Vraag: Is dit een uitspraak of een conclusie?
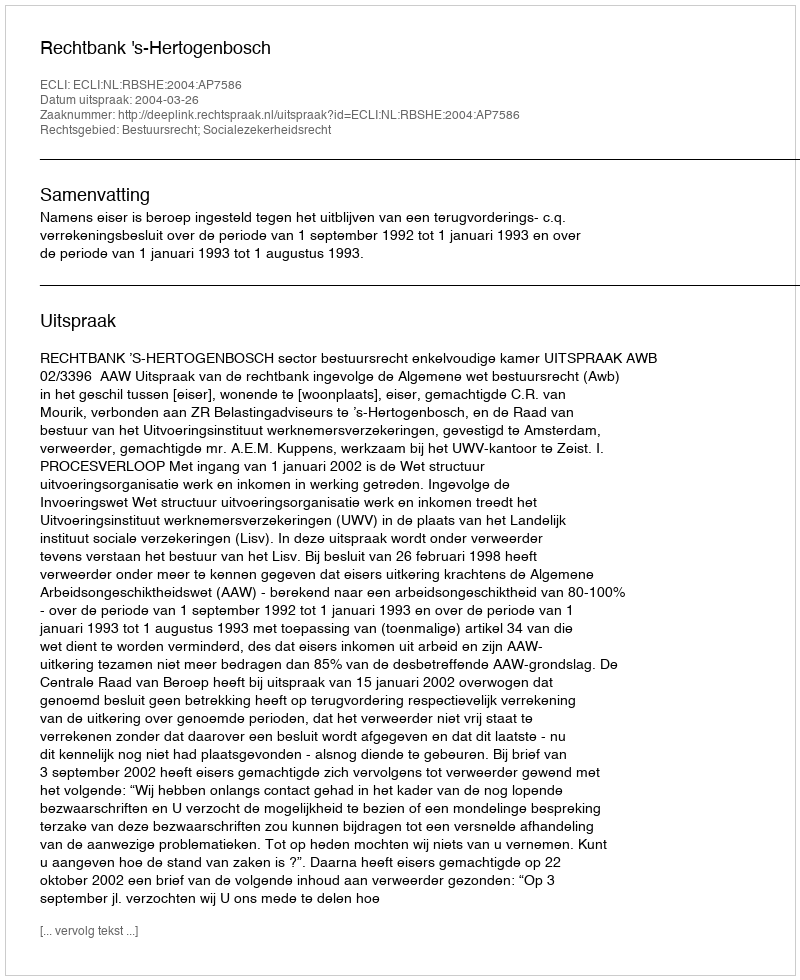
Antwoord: Uitspraak